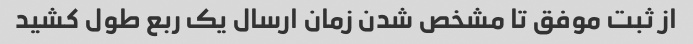
از ثبت موفق تا مشخص شدن زمان ارسال یک ربع طول کشید